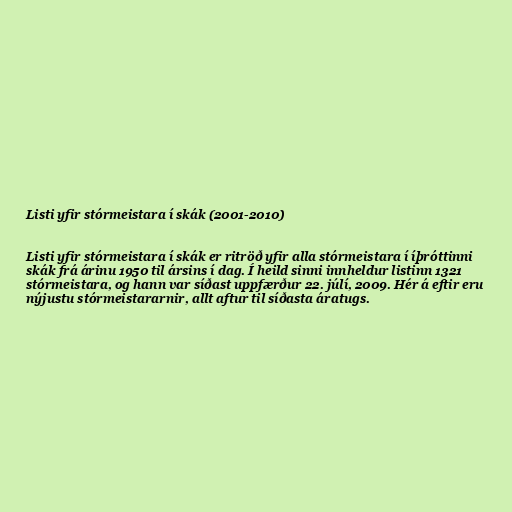
Listi yfir stórmeistara í skák (2001-2010)

Listi yfir stórmeistara í skák er ritröð yfir alla stórmeistara í íþróttinni
skák frá árinu 1950 til ársins í dag. Í heild sinni innheldur listinn 1321
stórmeistara, og hann var síðast uppfærður 22. júlí, 2009. Hér á eftir eru
nýjustu stórmeistararnir, allt aftur til síðasta áratugs.